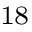
^ { 1 8 }